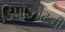
ડિપોઝીટની